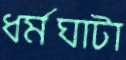
ধর্মঘাটা